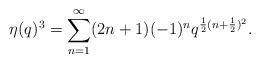
LaTeX: \begin{align*}\eta (q)^{3} =\sum _{n=1}^{\infty} (2n+1)(-1)^{n}q^{\frac{1}{2} (n+\frac{1}{2})^{2}} .\end{align*}